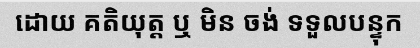
ដោយ គតិយុត្ត ឬ មិន ចង់ ទទួលបន្ទុក